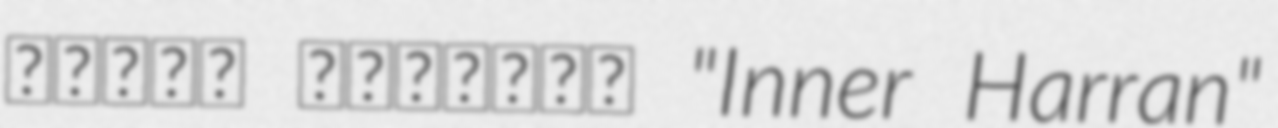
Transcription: ࡄࡀࡓࡀࡍ ࡂࡀࡅࡀࡉࡕࡀ "Inner Harran"